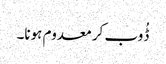
ڈُوب کر معدوم ہونا۔